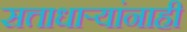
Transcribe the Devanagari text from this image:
सत्ताधाऱ्यांनाही